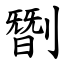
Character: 㔆